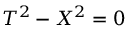
T ^ { 2 } - X ^ { 2 } = 0